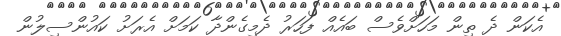
އެކަން ދެ ތިން މަހަށްވެސް ބައެއް ފަހަރު ދެމިގެންދާ ކަމަށް އެރަށު ކައުންސިލުން